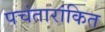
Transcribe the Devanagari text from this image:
पचंतारांकित